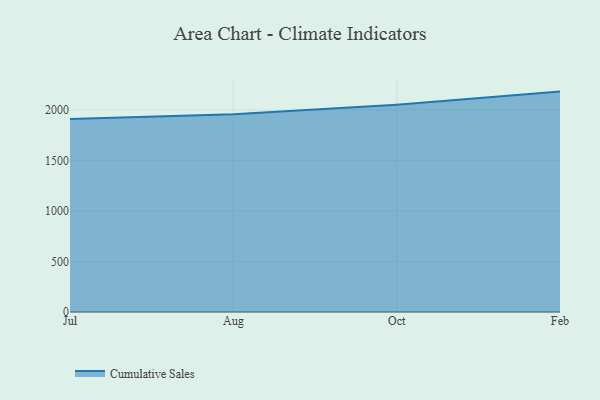
{"axis": {"x": "Month", "y": "Production Output"}, "legend": ["Cumulative Sales"], "data": [{"x": "Jul", "y": 1910.2, "type": "Cumulative Sales"}, {"x": "Aug", "y": 1958.0, "type": "Cumulative Sales"}, {"x": "Oct", "y": 2052.6, "type": "Cumulative Sales"}, {"x": "Feb", "y": 2182.7, "type": "Cumulative Sales"}]}